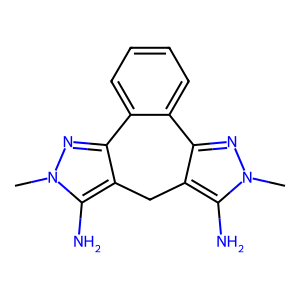
SMILES: Cn1nc2c(c1N)Cc1c(nn(C)c1N)-c1ccccc1-2
Inhibits HIV replication: No